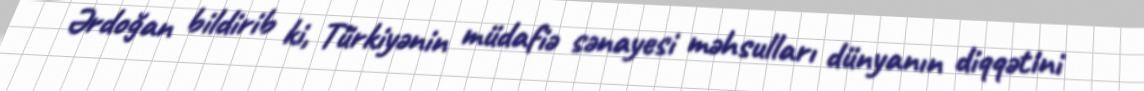
Ərdoğan bildirib ki, Türkiyənin müdafiə sənayesi məhsulları dünyanın diqqətini